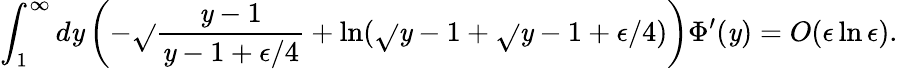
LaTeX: \int_{1}^{\infty}d\mathit{y}\left(-\sqrt{}{{\frac{{\mathit{y}-1}}{{\mathit{y}-1+\epsilon/4}}}}+\ln(\sqrt{}{{\mathit{y}-1}}+\sqrt{}{{\mathit{y}-1+\epsilon/4}})\right)\Phi^{\prime}(\mathit{y})=O(\epsilon\ln\epsilon).